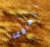
تتهاوى